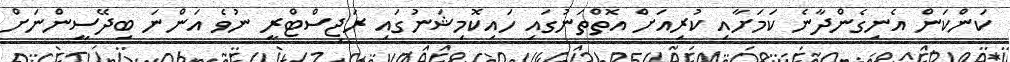
ކަންކަން އެނިގެންދާނެ ކަމަށާއި ކުރިއަށް އޮތްތަނުގައި ހައިކޮމިޝަނުގައި ރަޖިސްޓްރީ ނުވެ އަންނަ ބިދޭސީންނަށް